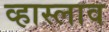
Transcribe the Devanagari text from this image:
व्हास्लाव